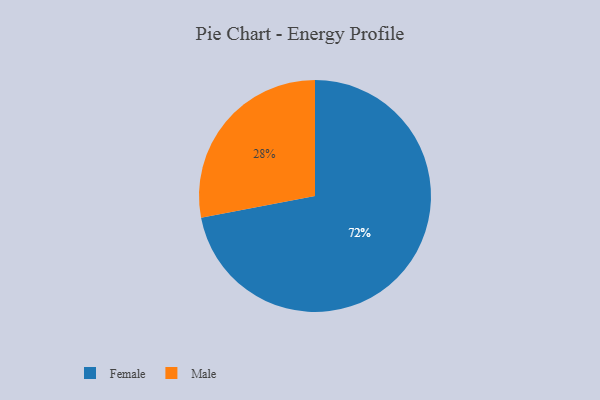
{"axis": {"x": "Category", "y": "Percentage"}, "legend": ["Female", "Male"], "data": [{"x": "Male", "y": 28, "type": "Male"}, {"x": "Female", "y": 72, "type": "Female"}]}